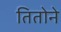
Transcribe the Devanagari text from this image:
तितोने